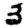
Digit: 3